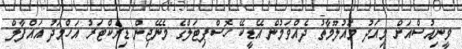
ވީނިއުސްއަށް މިއަދު މައުލޫމާތު ދެއްވަމުން އޭޑީކޭ ހޮސްޕިޓަލްގެ މެނޭޖިން ޑިރެކްޓަރު އަހްމަދު އައްފާލް